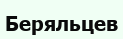
Беряльцев